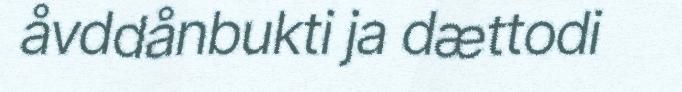
åvddånbukti ja dættodi